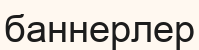
баннерлер